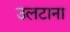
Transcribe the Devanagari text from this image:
उलटाना